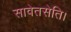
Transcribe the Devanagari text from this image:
सावेतसेति।